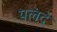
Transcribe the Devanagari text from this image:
यलंदे